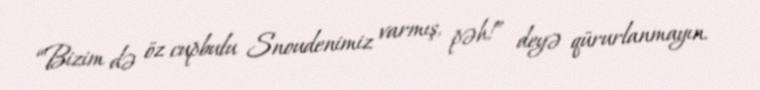
“Bizim də öz cupbulu Snoudenimiz varmış, pəh!” deyə qürurlanmayın.